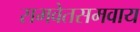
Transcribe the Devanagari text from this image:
समवेतसमवाय